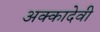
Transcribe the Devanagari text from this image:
अक्कादेवी